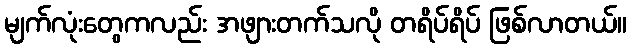
မျက်လုံးတွေကလည်း အဖျားတက်သလို တရိပ်ရိပ် ဖြစ်လာတယ်။